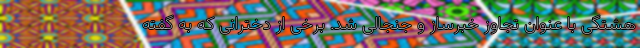
هشتگی با عنوان تجاوز خبرساز و جنجالی شد. برخی از دخترانی که به گفته